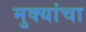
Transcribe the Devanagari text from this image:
मुक्यांचा